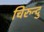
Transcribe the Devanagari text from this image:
चिरुन्दु